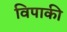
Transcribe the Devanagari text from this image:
विपाकी